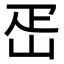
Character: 𡶕